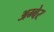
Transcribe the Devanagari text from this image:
अम्बेर